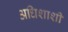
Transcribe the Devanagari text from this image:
अधिशाशी